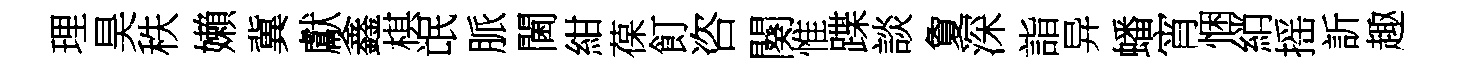
理昊秩嬾冀獻鑫棋氓脈閫紺葆飣咨闋惟蹀談夐深詣异蟠宵悃綃摇訢趣